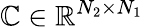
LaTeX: \mathbb{C}\in\mathbb{R}^{N_{2}\times N_{1}}